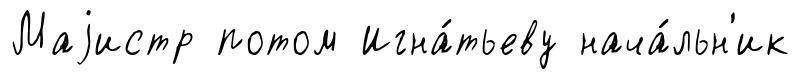
Маjистр потом Игна́тьеву нача́льн'ик